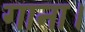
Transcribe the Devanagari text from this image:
गाना।